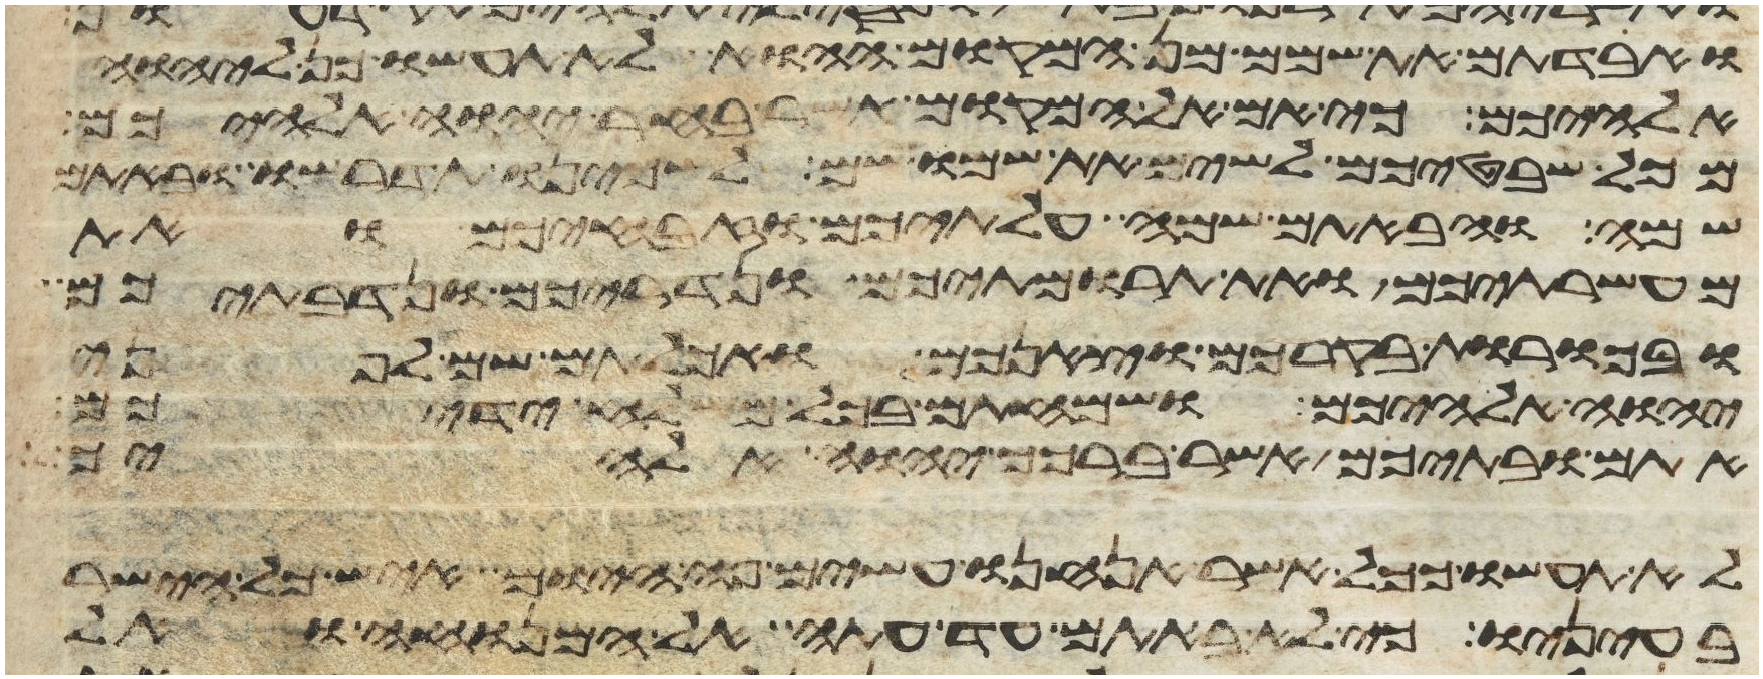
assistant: ואבדתם את שמם מן המקום ההוא לא תעשו כן ליהוה
אלהיכם כי אם אל המקום אשר בחר יהוה אלהיכם
מכל שבטיכם לשים את שמו שם לשכינו תדרשו ובאתם
שם והבאתם שמה עלתיכם וזבחיכם ואת
מעשרתיכם ואת תרומתיכם ונדריכם ונדבתיכם
ובכורת בקרכם וצאנכם ואכלתם שם לפני
יהוה אלהיכם ושמחתם בכל משלח ידיכם
אתם ובתיכם אשר ברכך יהוה אלהיך
לא תעשו ככל אשר אנחנו עשים פה היום איש כל הישר
בעיניו כי לא באתם עד עתה אל המנוחה ואל